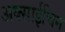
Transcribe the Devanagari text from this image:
अक्साईचिन